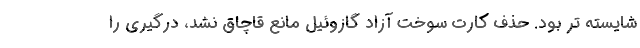
شایسته تر بود. حذف کارت سوخت آزاد گازوئیل مانع قاچاق نشد، درگیری را